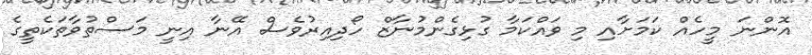
އޮންނަ މީހެއް ކަމަށާއި މި ވައްކަމާ ގުޅިގެންމުނާޒް ހޯދިއިރުވެސް އޭނާ އިނީ މަސްތުވާތަކެތީގެ